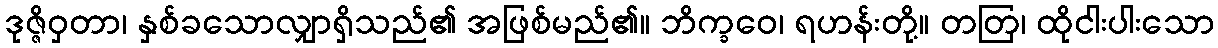
ဒုဇ္ဇိဝှတာ၊ နှစ်ခသောလျှာရှိသည်၏ အဖြစ်မည်၏။ ဘိက္ခဝေ၊ ရဟန်းတို့။ တတြ၊ ထိုငါးပါးသော